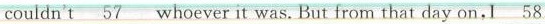
couldn't\underline{57}whoever it was.But from that day on,I \underline{58}